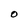
Character: O